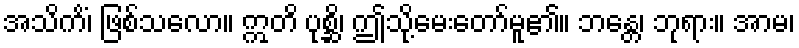
အသိကိံ၊ ဖြစ်သလော။ ဣတိ ပုစ္ဆိ၊ ဤသို့မေးတော်မူ၏။ ဘန္တေ၊ ဘုရား။ အာမ၊